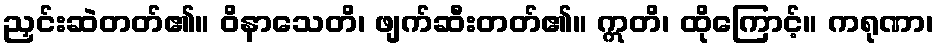
ညှင်းဆဲတတ်၏။ ဝိနာသေတိ၊ ဖျက်ဆီးတတ်၏။ ဣတိ၊ ထိုကြောင့်။ ကရုဏာ၊